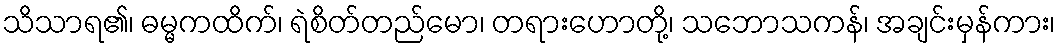
သိသာရ၏၊ ဓမ္မကထိက်၊ ရဲစိတ်တည်မော၊ တရားဟောတို့၊ သဘောသကန်၊ အချင်းမှန်ကား၊